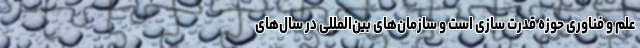
علم و فناوری حوزه قدرت سازی است و سازمان‌های بین‌المللی در سال‌های